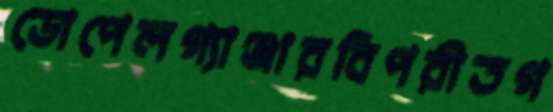
ডোপেলগ্যাঞ্জারবিপরীতগ